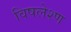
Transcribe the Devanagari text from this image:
विषलेश्ण